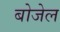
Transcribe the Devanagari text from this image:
बोजेल